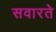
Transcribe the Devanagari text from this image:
सवारते